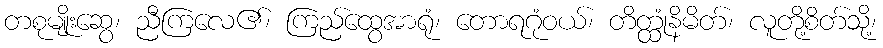
တစုမျိုးဆွေ၊ ညီကြလေ၏၊ ကြည်ထွေအာရုံ၊ တောရဂုံဝယ်၊ တိတ္ထုံနိမိတ်၊ လူတို့စိတ်သို့၊